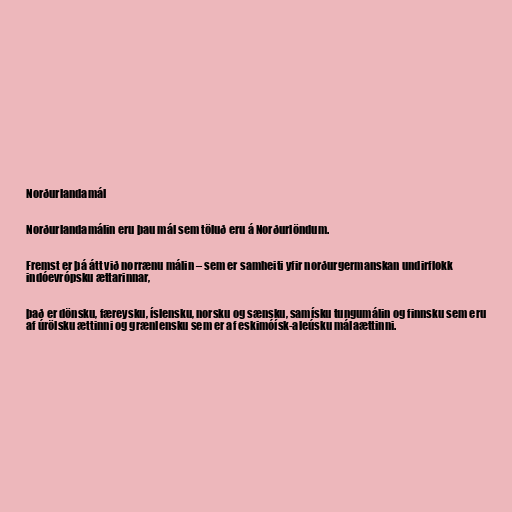
Norðurlandamál

Norðurlandamálin eru þau mál sem töluð eru á Norðurlöndum.

Fremst er þá átt við norrænu málin – sem er samheiti yfir norðurgermanskan undirflokk
indóevrópsku ættarinnar,

það er dönsku, færeysku, íslensku, norsku og sænsku, samísku tungumálin og finnsku sem eru
af úrölsku ættinni og grænlensku sem er af eskimóísk-aleúsku málaættinni.